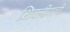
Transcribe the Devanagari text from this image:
शिवलींगाची